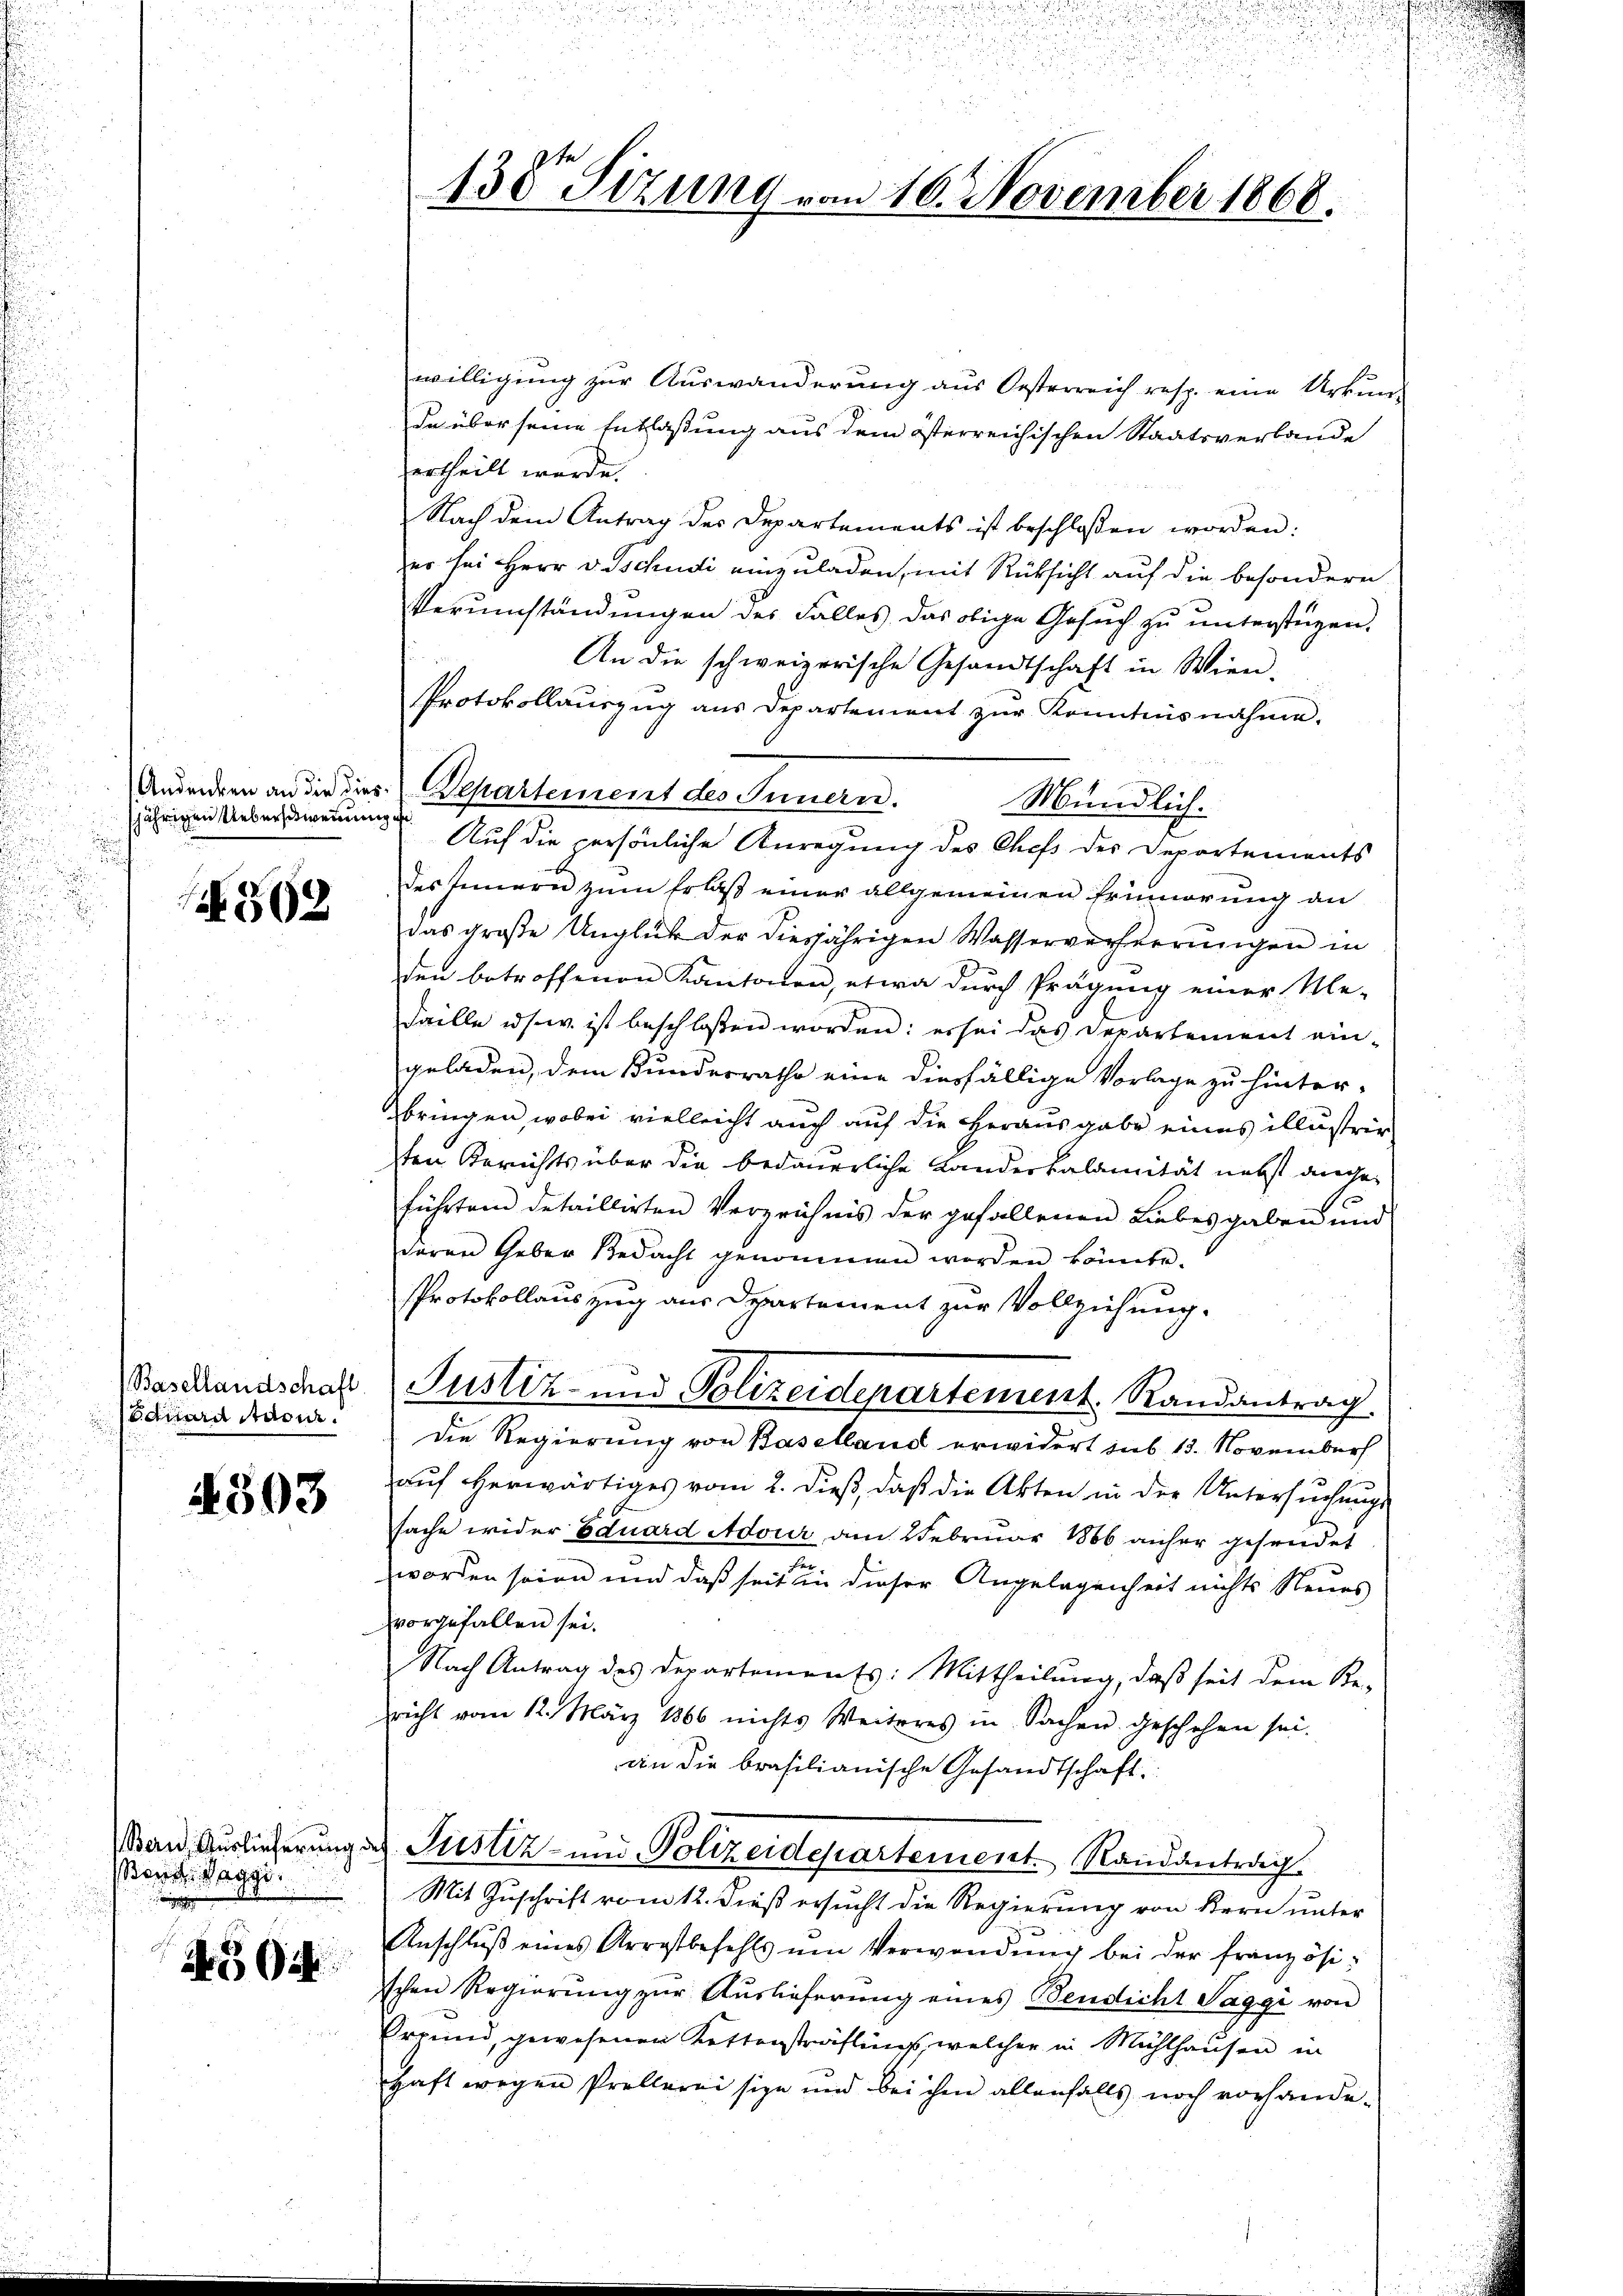
jährigen Ueberschweinung

562

Basellandschaft
cuard Stadier.

4303

Bern, Auslieferung d
Bend. Daggi
e

302

138 Sizung vom 10. November 1868.

willigung zur Auswanderung aus Oesterreich resp. eine Urkunda über seine Entlaßung aus dem österreichischen Staatsverbande
ertheilt werde.
Nach dem Antrag des Departements ist beschlossen worden:
er sei Herr v. schudi einzuladen, mit Rüksicht auf die besondern
Verumständungen des Falles das obige Gesuch zu unterstüzen.
An die schweizerische Gesandtschaft in Wien.
Protokollauszug aus Departement zŭr Kenntnisnahme.
Anderen an die dies Departement des Innern.
Mündlich.
Auf die persönliche Anregung des Chefs des Departements
des Innern zum Erlaß einer allgemeinen Erinnerung an
das große Unglück der diesjährigen Wasserverherrungen in
dden betroffenen Kantonen, etwa durch Prägung einer Me-
Faille usw. ist beschloßen worden: es sei das Departement eingeladen, dem Bundesrathe eine diesfällige Vorlage zu hinter-
bringen, wobei vielleicht auch auf die Herausgabe eines illustrir
ten Berichts über die bedauerliche Landeskalamität nebst angeführten detaillirten Verzeichnis der gefallenen Liebesgaben und
deren Geber Bedacht genommen worden könnte.
Protokollauszug aus Departement zur Vollziehung.
Justiz- und Polizeidepartement. Randantrag
Die Regierung von Baselland erwidert sub 15. November
auf herwärtiges vom 2. dieß, daß die Akten in der Untersuchungs
sache wider Eduard Adour am Februar 1866 anher gesendet
worden seien und daß seit in dieser Angelegenheit nichts Neues
vorgefallen sei.
Nach Antrag des Departements: Mittheilung, daß seit dem Be-
richt vom 12. März 1866 nichts Weiteres in Sachen geschehen sei.
ain die brasilianische Gesandtschaft.
u. Justiz- und Polizeidepartement Randantrag
Mit Zuschrift vom 12. dieß ersucht die Regierung von Bern unter
Anschlŭβ eines Arrestbefehls ŭm Verwendŭng bei der französischen Regierŭng zŭr Aŭslieferung eines Bendicht Saggi von
Errund, gewesenen Kettersträfling, welcher in Mühlhausen in
Haft wegen Prellerei sie und bei ihm allenfalls noch vorhande-

E